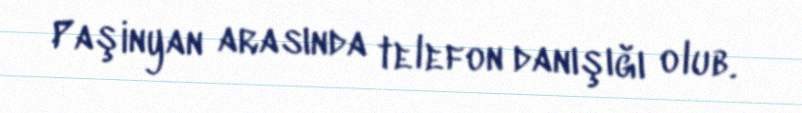
Paşinyan arasında telefon danışığı olub.